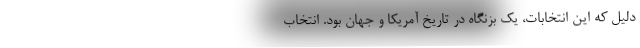
دلیل که این انتخابات، یک بزنگاه در تاریخ آمریکا و جهان بود. انتخاب